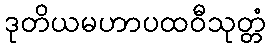
ဒုတိယမဟာပထဝီသုတ္တံ